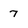
Character: 7